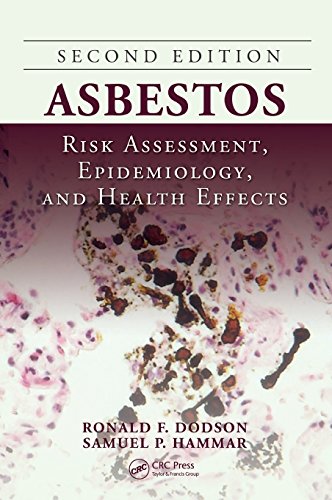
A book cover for Asbestos: Risk Assessment, Epidemiology, and Health Effects, Second Edition; Medical Books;